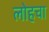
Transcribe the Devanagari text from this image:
लोहचा